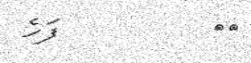
٢٥         ފަހެ